Malaria in the Duars
Disease focus: Malaria
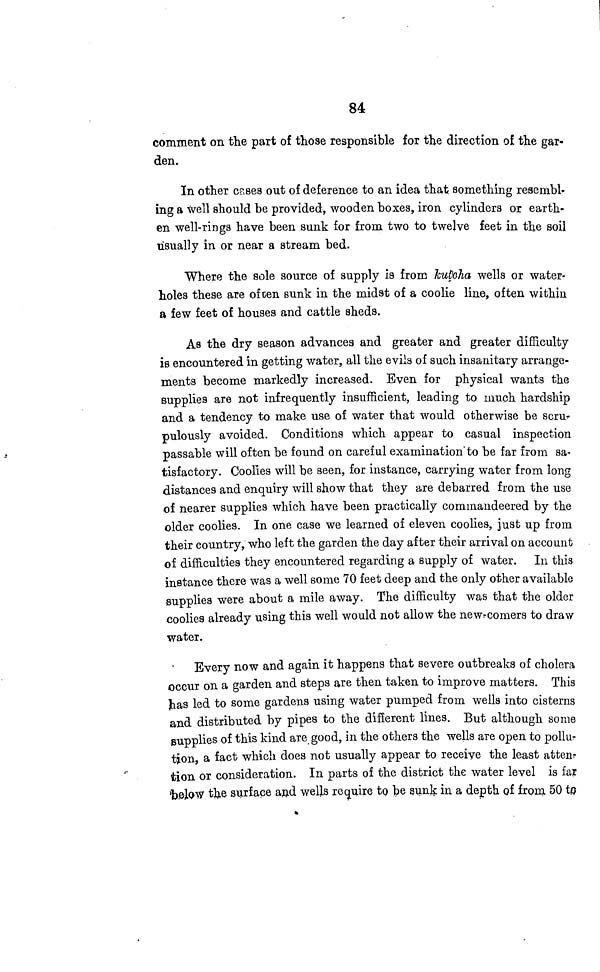
84
comment on the part of those responsible for the direction of the gar-
den.
In other cases out of deference to an idea that something resembl-
ing a well should be provided, wooden boxes, iron cylinders or earth-
en well-rings have been sunk for from two to twelve feet in the soil
usually in or near a stream bed.
Where the sole source of supply Is from kuteha wells or water-
holes these are of ten sunk in the midst of a coolie line, often within
a few feet of houses and cattle sheds.
As the dry season advances and greater and greater difficulty
is encountered in getting water, all the evils of such insanitary arrange-
ments become markedly increased. Even for physical wants the
supplies are not infrequently insufficient, leading to much hardship
and a tendency to make use of water that would otherwise be scru-
pulously avoided. Conditions which appear to casual inspection
passable will often be found on careful examination'to be far from sa-
tisfactory. Coolies will be seen, for instance, carrying water from long
distances and enquiry will show that they are debarred from the use
of nearer supplies which have been practically commandeered by the
older coolies. In one case we learned of eleven coolies, just up from
their country, who left the garden the day after their arrival on account
of difficulties they encountered regarding a supply of water. In this
instance there was a well some 70 feet deep and the only other available
supplies were about a mile away. The difficulty was that the older
coolies already using this well would not allow the new-comers to draw
water.
Every now and again it happens that severe outbreaks of cholera
occur on a garden and steps are then taken to improve matters. This
has led to some gardens using water pumped from wells into cisterns
and distributed by pipes to the different lines. But although some
supplies of this kind are good, in the others the wells are open to pollu-
tion a fact which does not usually appear to receive the least atten.
tion or consideration. In parts of the district the water level is far
below the surface and wells require to be sunk in a depth of from 50 to